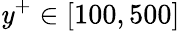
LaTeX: \mathit{y}^{+}\in\left[100,500\right]